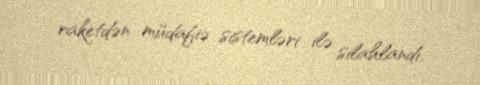
raketdən müdafiə sistemləri ilə silahlandı.